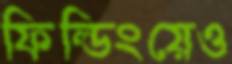
ফিল্ডিংয়েও